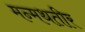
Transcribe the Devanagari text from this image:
मन्मथतीर